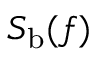
S _ { \mathrm { b } } ( f )